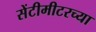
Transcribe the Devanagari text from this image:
सेंटीमीटरच्या